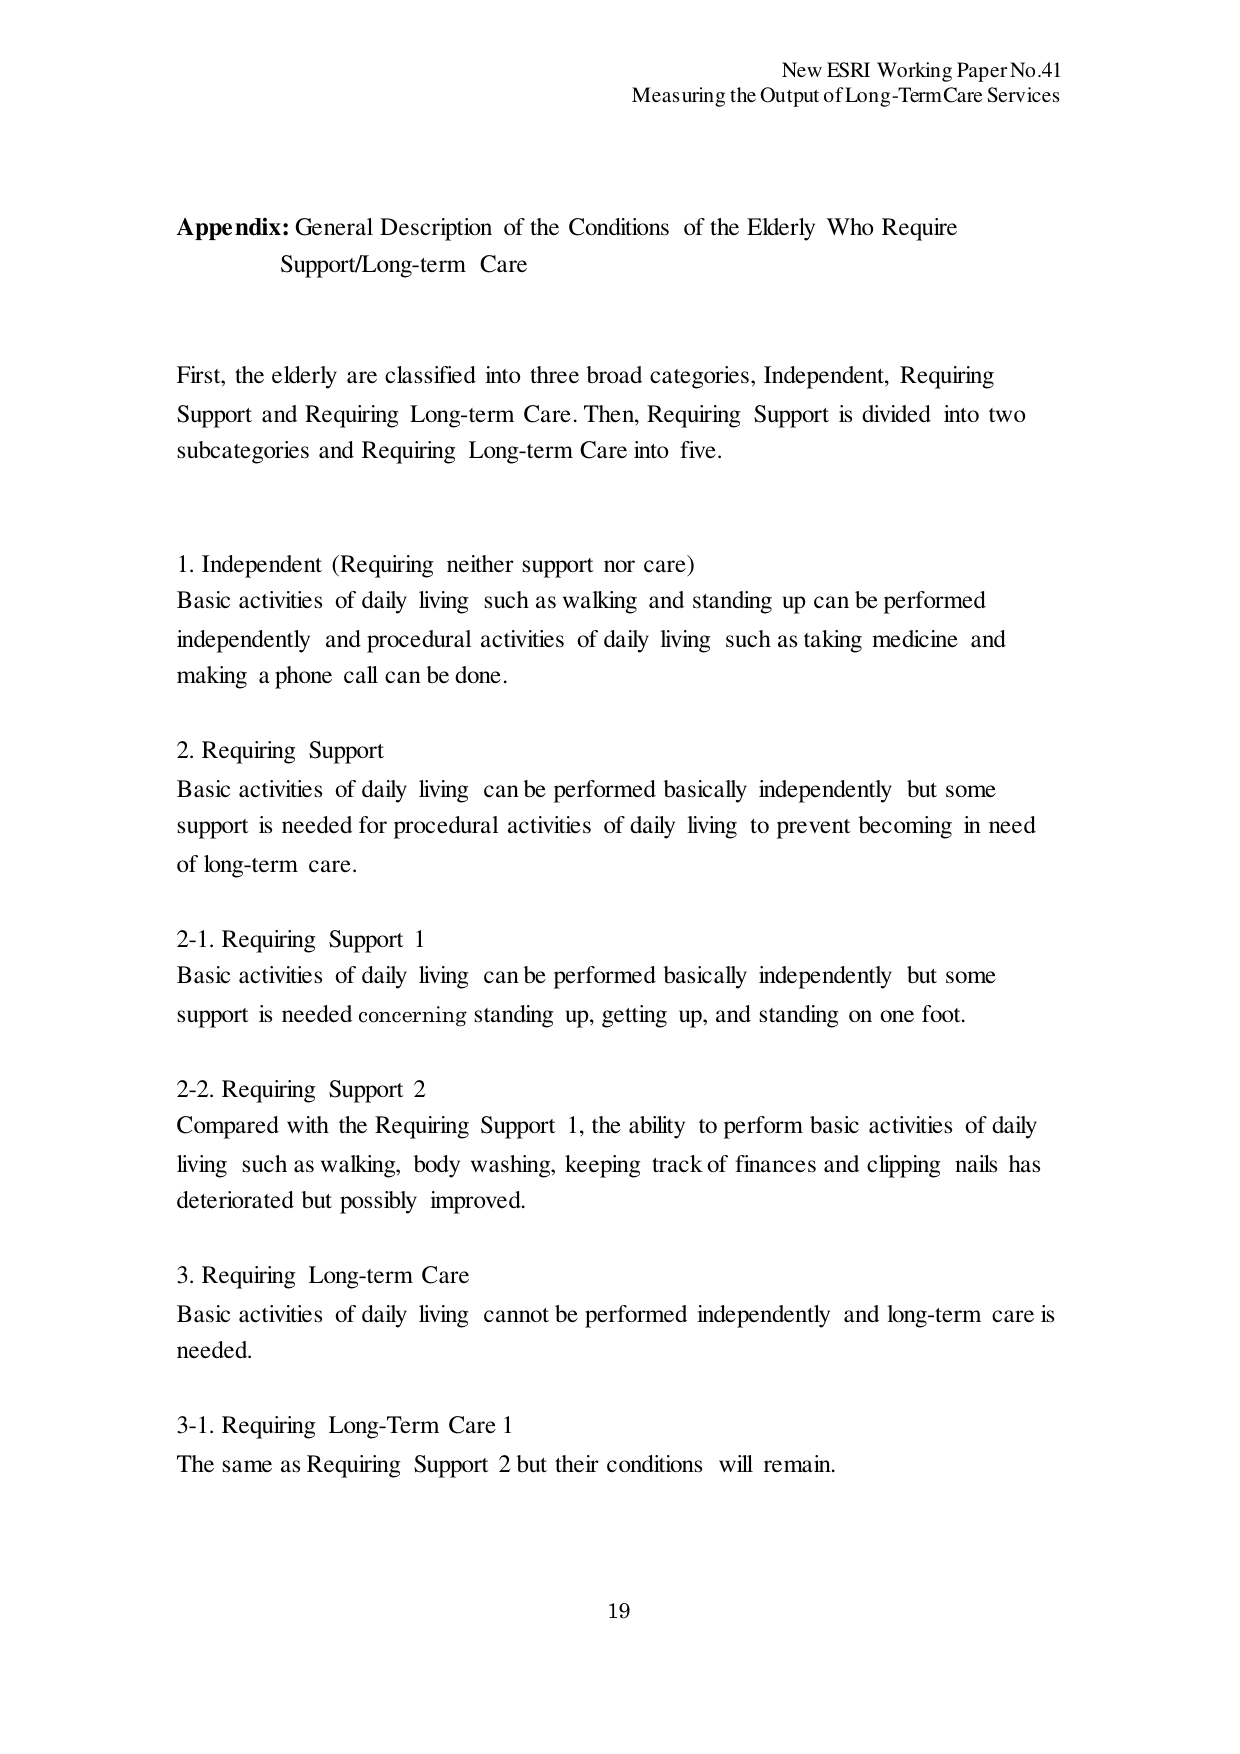
New ESRI Working Paper No.41
Measuring the Output of Long-Term Care Services

Appendix: General Description of the Conditions of the Elderly Who Require
Support/Long-term Care

First, the elderly are classified into three broad categories, Independent, Requiring
Support and Requiring Long-term Care. Then, Requiring Support is divided into two
subcategories and Requiring Long-term Care into five.

1. Independent (Requiring neither support nor care)
Basic activities of daily living such as walking and standing up can be performed
independently and procedural activities of daily living such as taking medicine and
making a phone call can be done.

2. Requiring Support
Basic activities of daily living can be performed basically independently but some
support is needed for procedural activities of daily living to prevent becoming in need
of long-term care.

2-1. Requiring Support 1
Basic activities of daily living can be performed basically independently but some
support is needed concerning standing up, getting up, and standing on one foot.

2-2. Requiring Support 2
Compared with the Requiring Support 1, the ability to perform basic activities of daily
living such as walking, body washing, keeping track of finances and clipping nails has
deteriorated but possibly improved.

3. Requiring Long-term Care
Basic activities of daily living cannot be performed independently and long-term care is
needed.

3-1. Requiring Long-Term Care 1
The same as Requiring Support 2 but their conditions will remain.

19